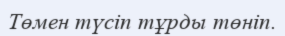
Төмен түсіп тұрды төніп.